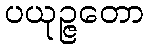
ပယုဉ္ဇတော